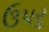
ઉપરૢ